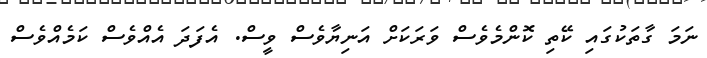
ނަމަ ގާތަކުގައި ކޭތި ކޮންމެވެސް ވަރަކަށް އަނިޔާވެސް ވީސް. އެފަދަ އެއްވެސް ކަމެއްވެސް